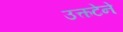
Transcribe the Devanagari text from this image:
उत्कटेने